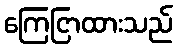
ကြေငြာထားသည်